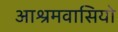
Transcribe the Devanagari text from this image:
आश्रमवासियो